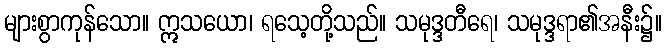
များစွာကုန်သော။ ဣသယော၊ ရသေ့တို့သည်။ သမုဒ္ဒတီရေ၊ သမုဒ္ဒရာ၏အနီး၌။